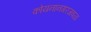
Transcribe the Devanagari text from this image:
कोयनानगरजवळ